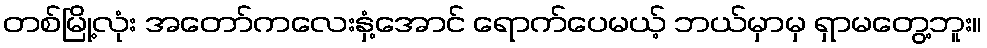
တစ်မြို့လုံး အတော်ကလေးနှံ့အောင် ရောက်ပေမယ့် ဘယ်မှာမှ ရှာမတွေ့ဘူး။